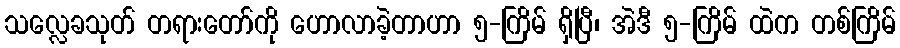
သလ္လေခသုတ် တရားတော်ကို ဟောလာခဲ့တာဟာ ၅-ကြိမ် ရှိပြီ၊ အဲဒီ ၅-ကြိမ် ထဲက တစ်ကြိမ်